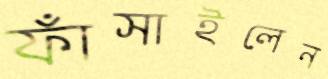
ফাঁসাইলেন